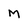
Character: M